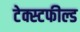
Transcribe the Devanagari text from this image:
टेक्स्टफील्ड